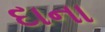
દાના